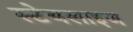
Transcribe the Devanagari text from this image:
स्टेबलाइज